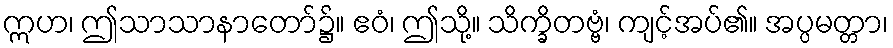
ဣဟ၊ ဤသာသာနာတော်၌။ ဧဝံ၊ ဤသို့။ သိက္ခိတဗ္ဗံ၊ ကျင့်အပ်၏။ အပ္ပမတ္တာ၊